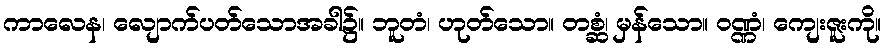
ကာလေန၊ လျောက်ပတ်သောအခါ၌။ ဘူတံ၊ ဟုတ်သော။ တစ္ဆံ၊ မှန်သော။ ဝဏ္ဏံ၊ ကျေးဇူးကို။